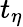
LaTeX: t_{\eta}